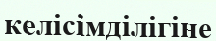
келісімділігіне